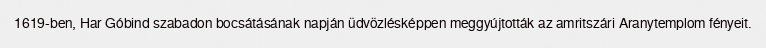
1619-ben, Har Góbind szabadon bocsátásának napján üdvözlésképpen meggyújtották az amritszári Aranytemplom fényeit.